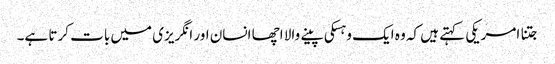
جتنا امریکی کہتے ہیں کہ وہ ایک وہسکی پینے والا اچھا انسان اور انگریزی میں بات کرتا ہے۔